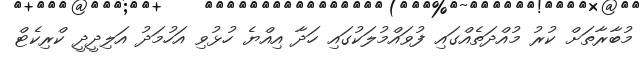
މުބާރާތަށް ކުރު މުއްދަތެއްގައި ފުވައްމުލަކުގައި ހަދާ އިއްޔެ ހުޅުވި އަހުމަދު އަލިދީދީ ކްރިކެޓް